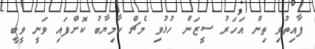
ފާއިތުވި ތިން އަހަރު ސީޒަން ހުޅުވި މެޗް ކާމިޔާބު ކޮށްފައި ވަނީ ވީބީ